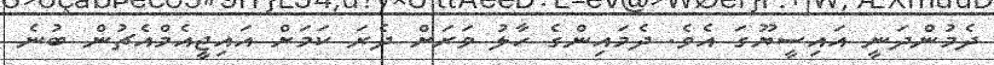
ދެމުންދަނީ އައިސީޔޫގަ އެވެ. ދެމައިންގެ ހާލު ވަރަށް ދެރަ ކަމަށް އައިޖީއެމްއެޗުން ބުނެ